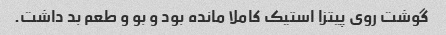
گوشت روى پیتزا استیک کاملا مانده بود و بو و طعم بد داشت.